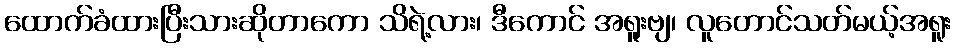
ထောက်ခံထားပြီးသားဆိုတာကော သိရဲ့လား၊ ဒီကောင် အရူးဗျ၊ လူတောင်သတ်မယ့်အရူး